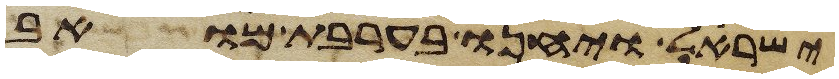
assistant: ישראל ויחנו בערבת מואב